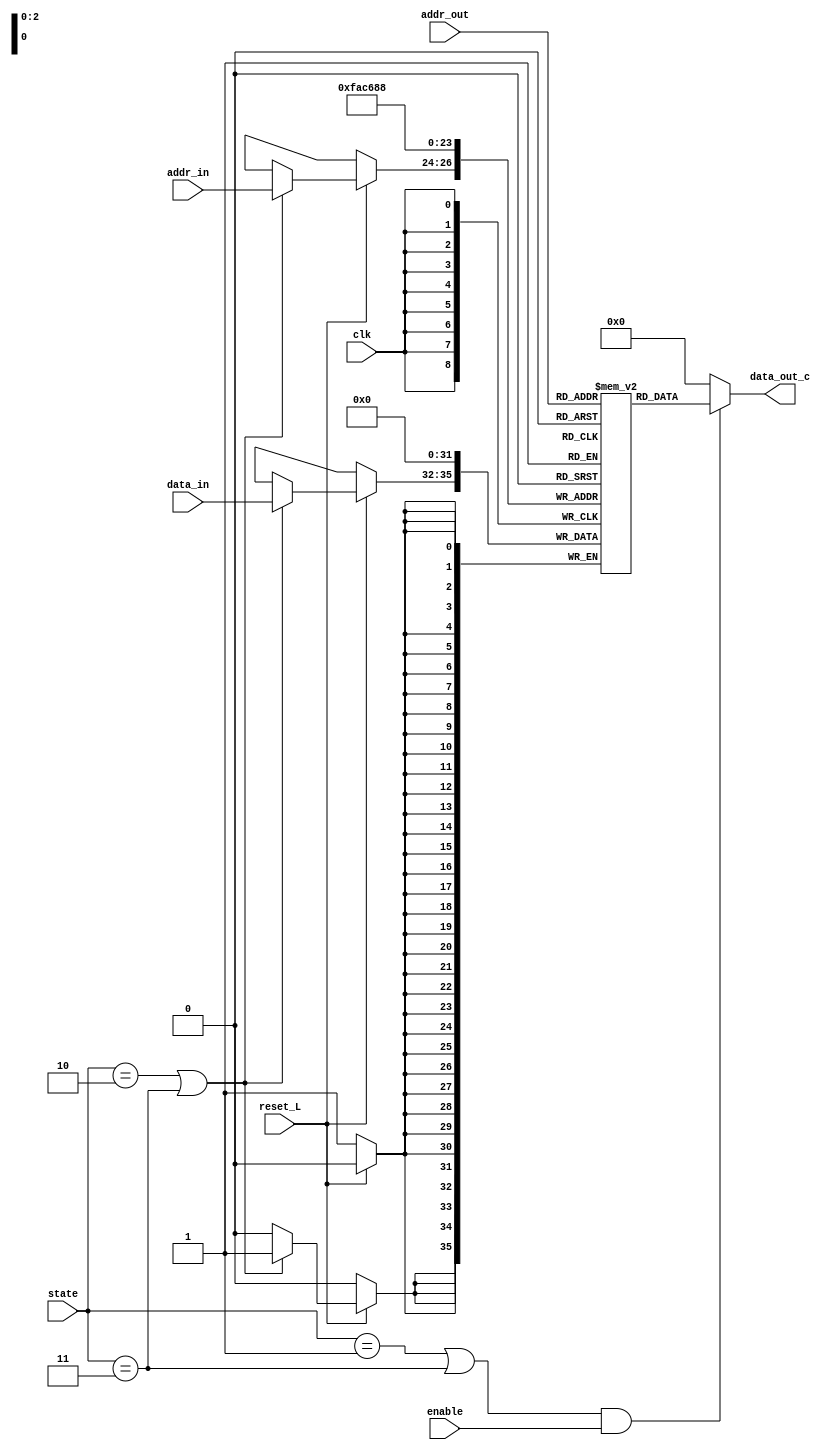
module Ram #(parameter RAM_WIDTH = 4,  parameter ADDR_SIZE = 3)
(clk, state,reset_L, enable, addr_out, addr_in, data_in, data_out_c);

 input clk, reset_L, enable;   			//Habilitar escritura y lectura
 input [1:0] state;           			// Habilitar escritura o lectura                     
 input [RAM_WIDTH-1:0] data_in;          	//Bus de entrada
 input [ADDR_SIZE-1:0] addr_out, addr_in;	//Direcciones
 output reg [RAM_WIDTH-1:0] data_out_c;    	//Bus salida
 
 reg [RAM_WIDTH-1:0] mem [RAM_DEPTH-1:0];
 integer i;


localparam RAM_DEPTH = 2**ADDR_SIZE;


always @(posedge clk) begin 
	if (~reset_L) begin
	
		for (i = 0; i < RAM_DEPTH; i = i + 1) 
			mem [i] <= 0; 
			
	 end 
	 else begin 
	 	if (state==2 || state ==3) 
	 		mem[addr_in] <= data_in;
	 		
	  end 
end 

always @(*) begin 

	if ((state==1 || state ==3) && enable==1) 
	 	data_out_c = mem [addr_out];

	else
		data_out_c = 'b0;
end

endmodule